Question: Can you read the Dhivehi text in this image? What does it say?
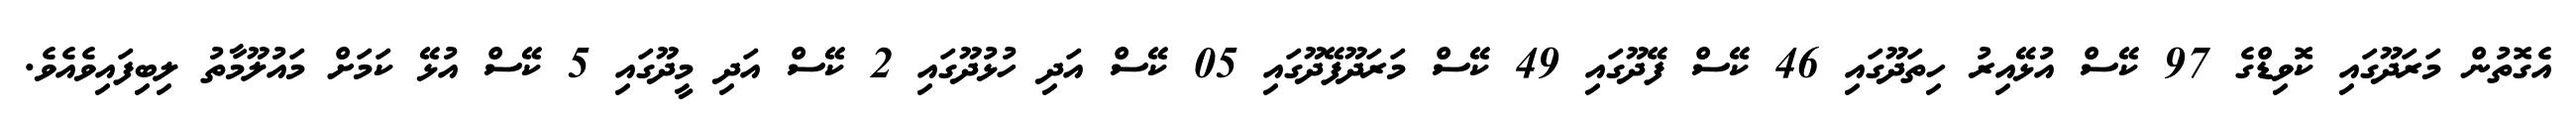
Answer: އެގޮތުން މަރަދޫގައި ކޮވިޑްގެ 97 ކޭސް އުޅޭއިރު ހިތަދޫގައި 46 ކޭސް ފޭދޫގައި 49 ކޭސް މަރަދޫފޭދޫގައި 05 ކޭސް އަދި ހުޅުދޫގައި 2 ކޭސް އަދި މީދޫގައި 5 ކޭސް އުޅޭ ކަމަށް މައުލޫމާތު ލިބިފައިވެއެވެ.